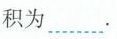
积为…….